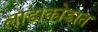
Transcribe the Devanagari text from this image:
लाडाकोडात